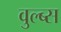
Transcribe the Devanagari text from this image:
वुल्ब्स